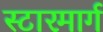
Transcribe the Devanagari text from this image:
स्टारमार्ग